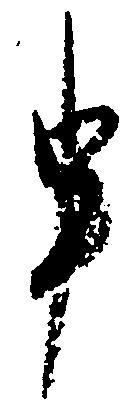
申